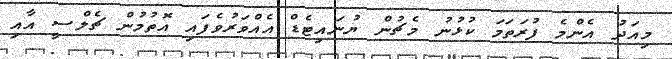
މިއަދު އެންމެ ފުރަތަމަ ކުޅުނު މެޗުން ޔުނައިޓެޑް އެއްވަރުވެފައި އޮތުމުން ޗެލްސީ އާއި